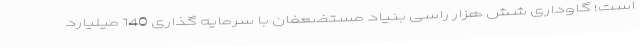
است؛ گاوداری شش هزار راسی بنیاد مستضعفان با سرمایه گذاری 140 میلیارد